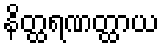
နိတ္ထရဏတ္ထာယ